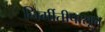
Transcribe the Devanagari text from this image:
निर्मीतीपासून